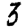
Digit: 3